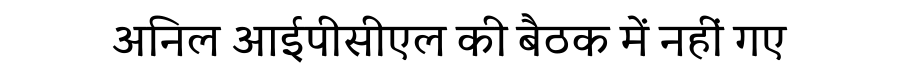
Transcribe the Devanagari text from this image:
अनिल आईपीसीएल की बैठक में नहीं गए